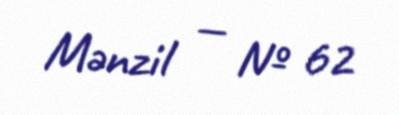
Mənzil — № 62